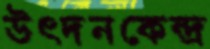
উৎদনকেন্দ্র